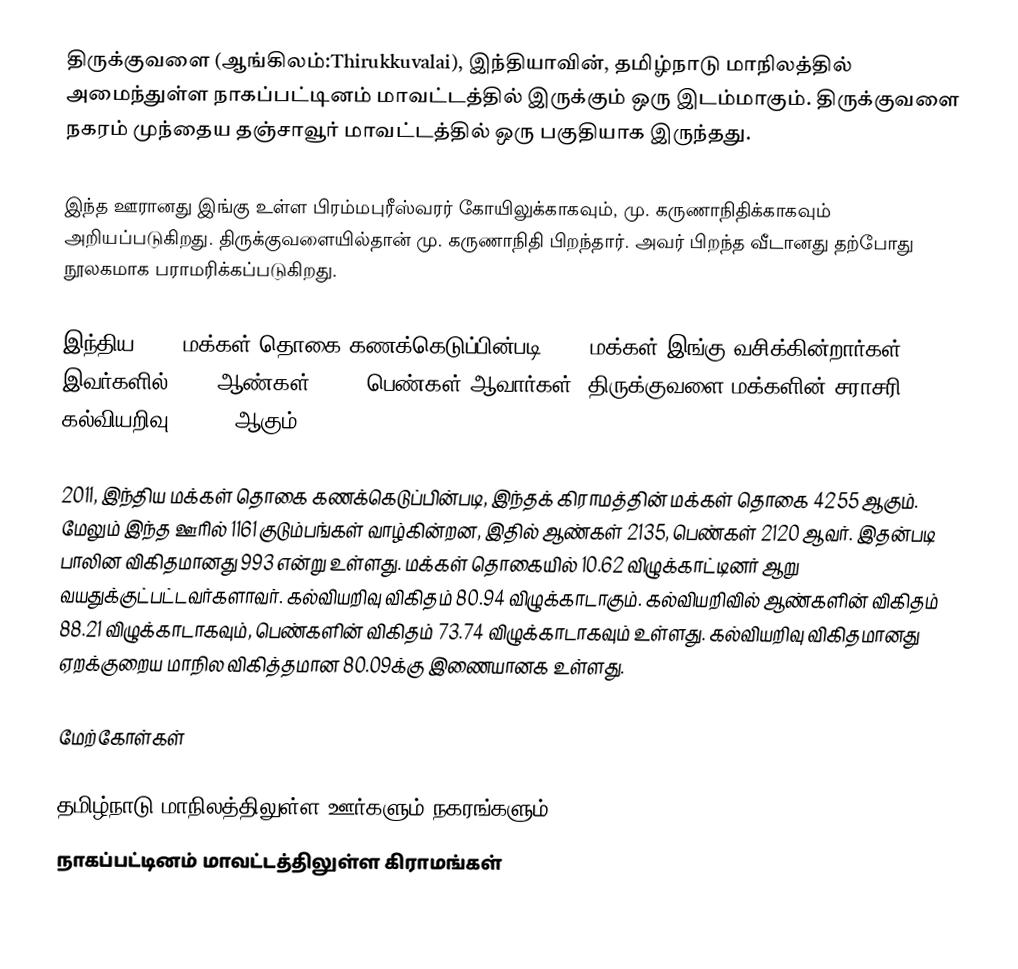
திருக்குவளை (ஆங்கிலம்:Thirukkuvalai), இந்தியாவின், தமிழ்நாடு மாநிலத்தில் அமைந்துள்ள நாகப்பட்டினம் மாவட்டத்தில் இருக்கும் ஒரு இடம்மாகும். திருக்குவளை நகரம் முந்தைய தஞ்சாவூர் மாவட்டத்தில்  ஒரு பகுதியாக இருந்தது.

இந்த ஊரானது இங்கு உள்ள  பிரம்மபுரீஸ்வரர் கோயிலுக்காகவும், மு. கருணாநிதிக்காகவும் அறியப்படுகிறது. திருக்குவளையில்தான் மு. கருணாநிதி பிறந்தார். அவர் பிறந்த வீடானது தற்போது நூலகமாக பராமரிக்கப்படுகிறது.

இந்திய 2001 மக்கள் தொகை கணக்கெடுப்பின்படி 3674 மக்கள் இங்கு வசிக்கின்றார்கள்.  இவர்களில் 1834 ஆண்கள், 1840 பெண்கள் ஆவார்கள். திருக்குவளை மக்களின் சராசரி கல்வியறிவு 21.48% ஆகும்.

2011, இந்திய மக்கள் தொகை கணக்கெடுப்பின்படி, இந்தக் கிராமத்தின் மக்கள் தொகை 4255 ஆகும். மேலும் இந்த ஊரில் 1161 குடும்பங்கள் வாழ்கின்றன, இதில் ஆண்கள் 2135, பெண்கள் 2120 ஆவர். இதன்படி பாலின விகிதமானது 993 என்று உள்ளது. மக்கள் தொகையில் 10.62 விழுக்காட்டினர் ஆறு வயதுக்குட்பட்டவர்களாவர். கல்வியறிவு விகிதம் 80.94 விழுக்காடாகும். கல்வியறிவில் ஆண்களின் விகிதம் 88.21 விழுக்காடாகவும், பெண்களின் விகிதம் 73.74 விழுக்காடாகவும் உள்ளது. கல்வியறிவு விகிதமானது ஏறக்குறைய மாநில விகித்தமான 80.09க்கு இணையானக உள்ளது.

மேற்கோள்கள்

தமிழ்நாடு மாநிலத்திலுள்ள ஊர்களும் நகரங்களும்
நாகப்பட்டினம் மாவட்டத்திலுள்ள கிராமங்கள்